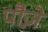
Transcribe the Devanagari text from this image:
पौज़े